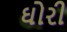
ઘોરી